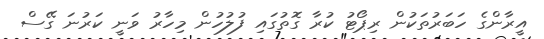
އީރާންގެ ހަބަރުތަކުން ރިޕޯޓު ކުރާ ގޮތުގައި ފުލުހުން މިހާރު ވަނީ ކަރުނަ ގޭސް